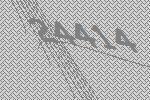
24414